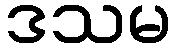
ဒသမ